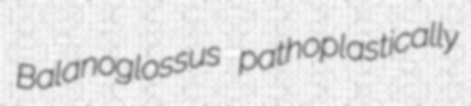
Balanoglossus pathoplastically